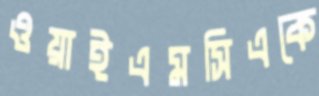
ওয়াইএমসিএকে